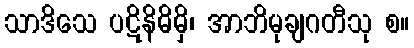
သာဒိသေ ပဋိနိဓိမှိ၊ အာဘိမုချဂတီသု စ။